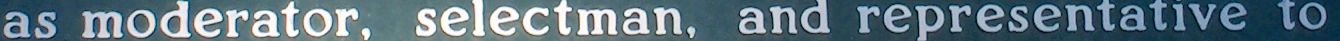
as moderator, selectman, and representative to